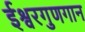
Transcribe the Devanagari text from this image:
ईश्वरगुणगान